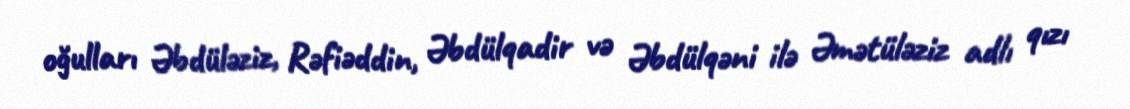
oğulları Əbdüləziz, Rəfiəddin, Əbdülqadir və Əbdülqəni ilə Əmətüləziz adlı qızı